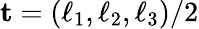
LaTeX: {\mathbf t}=(\ell_{1},\ell_{2},\ell_{3})/2